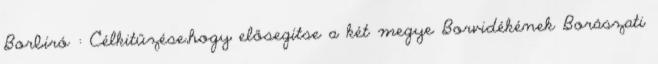
Borbíró : Célkitűzése,hogy elősegítse a két megye Borvidékének Borászati